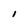
Character: 1